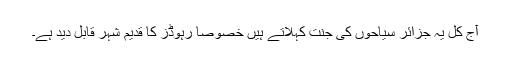
آج کل یہ جزائر سیاحوں کی جنت کہلاتے ہیں خصوصاً رہوڈز کا قدیم شہر قابل دید ہے۔